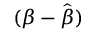
( { \boldsymbol { \beta } } - { \hat { \boldsymbol { \beta } } } )